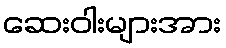
ဆေးဝါးများအား